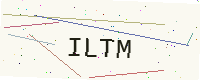
Text: ILTM